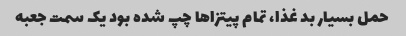
حمل بسیار بد غذا، تمام پیتزاها چپ شده بود یک سمت جعبه